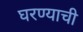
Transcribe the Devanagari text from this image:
घरण्याची